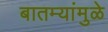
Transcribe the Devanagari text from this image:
बातम्यांमुळे